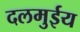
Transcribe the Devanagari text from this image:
दलमुईय